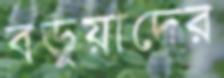
বড়ুয়াদের